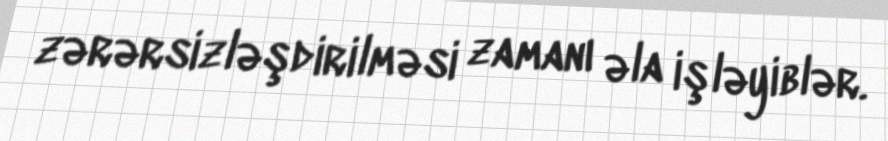
zərərsizləşdirilməsi zamanı əla işləyiblər.